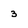
Character: 3